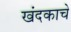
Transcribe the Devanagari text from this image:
खंदकाचे